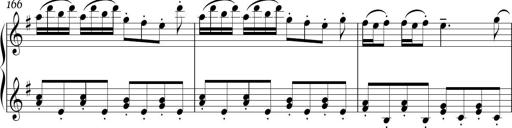
Title: Sonatina in E minor
Composer: Shuwen Zhang
Key: E minor